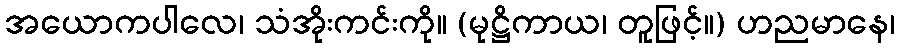
အယောကပါလေ၊ သံအိုးကင်းကို။ (မုဋ္ဌိကာယ၊ တူဖြင့်။) ဟညမာနေ၊